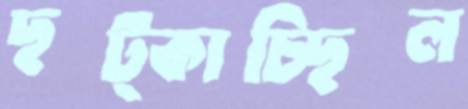
ছট্‌কাচ্ছিল